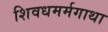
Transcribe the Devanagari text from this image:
शिवधमर्मगाथा